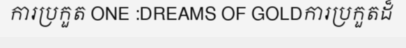
ការប្រកួត ONE :DREAMS OF GOLDការប្រកួតដ៏